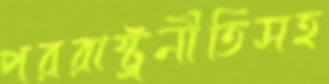
পররাষ্ট্রনীতিসহ